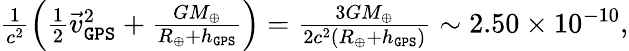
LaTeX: \begin{array}{r}{\frac{1}{c^{2}}\Big({\textstyle\frac{1}{2}}{\vec{v}}_{\tt GPS}^{2}+\frac{GM_{\oplus}}{R_{\oplus}+h_{\tt GPS}}\Big)=\frac{3GM_{\oplus}}{2c^{2}(R_{\oplus}+h_{\tt GPS})}\sim 2.50\times 10^{-10},}\end{array}